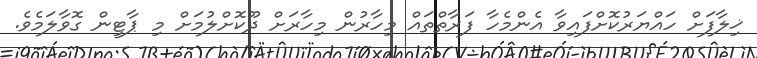
ޚިލާފަށް ހައްޔަރުކޮށްފައިވާ އެންމެހާ ފަރާތްތައް މިހާރުން މިހާރަށް ދޫކޮށްލުމަށް މި ޕާޓީން ގޮވާލަމެވެ.